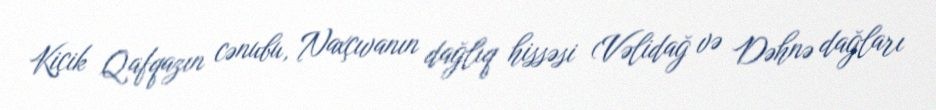
Kiçik Qafqazın cənubu, Naxçıvanın dağlıq hissəsi (Vəlidağ və Dəhnə dağları